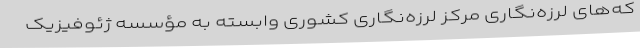
که‌های لرزه‌نگاری مرکز لرزه‌نگاری کشوری وابسته به مؤسسه ژئوفیزیک